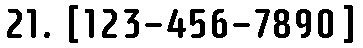
21. [123-456-7890]